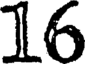
16